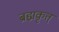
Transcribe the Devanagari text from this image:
ब्रह्मकृत्